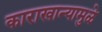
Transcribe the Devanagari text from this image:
काराखान्यामुळे